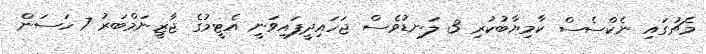
މެޗުގައި ނެކްސެސް ކާމިޔާބުކުރި 3 ލަނޑުވެސް ޖަހައިދީފައިވަނީ އެޓީމުގެ ޖާޒީނަމްބަރު 7 ހަސަން